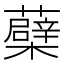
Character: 蘗